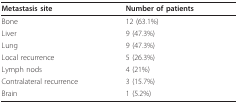
| Metastasis site | Number of patients |
 | --- | --- |
 | Bone | 12 (63.1%) |
 | Liver | 9 (47.3%) |
 | Lung | 9 (47.3%) |
 | Local recurrence | 5 (26.3%) |
 | Lymph nods | 4 (21%) |
 | Contralateral recurrence | 3 (15.7%) |
 | Brain | 1 (5.2%) |